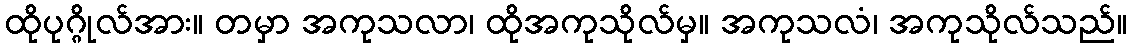
ထိုပုဂ္ဂိုလ်အား။ တမှာ အကုသလာ၊ ထိုအကုသိုလ်မှ။ အကုသလံ၊ အကုသိုလ်သည်။